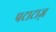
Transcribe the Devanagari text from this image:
पटाटाज़